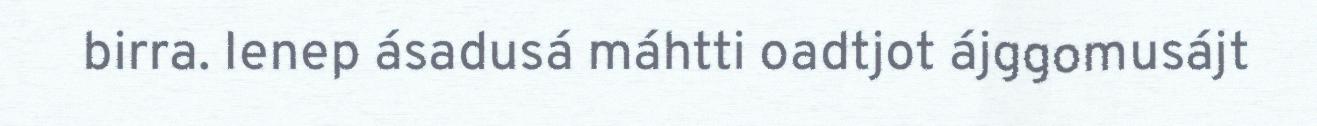
birra. Ienep ásadusá máhtti oadtjot ájggomusájt